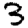
Digit: 3